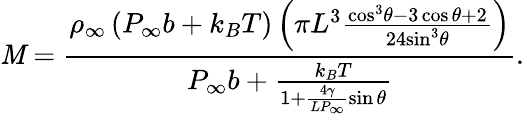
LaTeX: \mathit{M}=\frac{{{{\rho}_{\infty}}\left({{P}_{\infty}}{b}+{{k}_{B}}T\right)\left({\pi}{{L}^{3}}\frac{{{{\cos}^{3}}\theta-3\cos\theta+2}}{{24{{\sin}^{3}}\theta}}\right)}}{{{{P}_{\infty}}{b}+\frac{{{{k}_{B}}T}}{{1+\frac{{4\gamma}}{{L{{P}_{\infty}}}}\sin\theta}}}}.